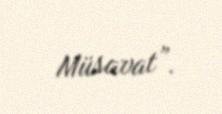
Müsavat”.